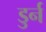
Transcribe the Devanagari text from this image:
डुर्न